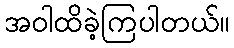
အဝါထိခဲ့ကြပါတယ်။